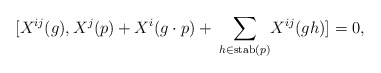
\begin{align*}[X^{ij}(g),X^j(p) +X^i(g\cdot p) +\: \underset{h\in \mathrm{stab}(p)}{\sum} X^{ij}(gh)]=0,\end{align*}